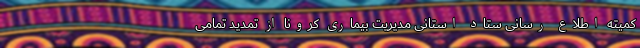
کمیته اطلاع رسانی ستاد استانی مدیریت بیماری کرونا از تمدید تمامی